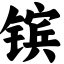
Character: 镔